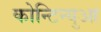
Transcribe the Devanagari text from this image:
कोन्टिन्युआ